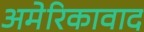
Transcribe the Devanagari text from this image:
अमेरिकावाद